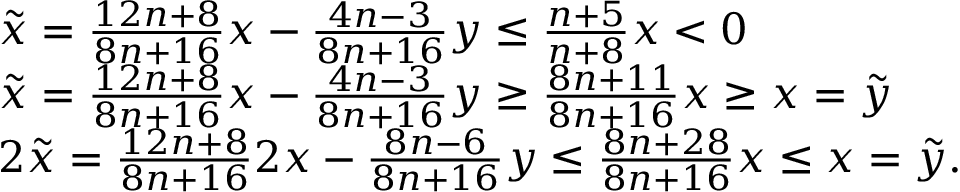
\begin{array} { r l } & { \tilde { x } = \frac { 1 2 n + 8 } { 8 n + 1 6 } x - \frac { 4 n - 3 } { 8 n + 1 6 } y \leq \frac { n + 5 } { n + 8 } x < 0 } \\ & { \tilde { x } = \frac { 1 2 n + 8 } { 8 n + 1 6 } x - \frac { 4 n - 3 } { 8 n + 1 6 } y \geq \frac { 8 n + 1 1 } { 8 n + 1 6 } x \geq x = \tilde { y } } \\ & { 2 \tilde { x } = \frac { 1 2 n + 8 } { 8 n + 1 6 } 2 x - \frac { 8 n - 6 } { 8 n + 1 6 } y \leq \frac { 8 n + 2 8 } { 8 n + 1 6 } x \leq x = \tilde { y } . } \end{array}